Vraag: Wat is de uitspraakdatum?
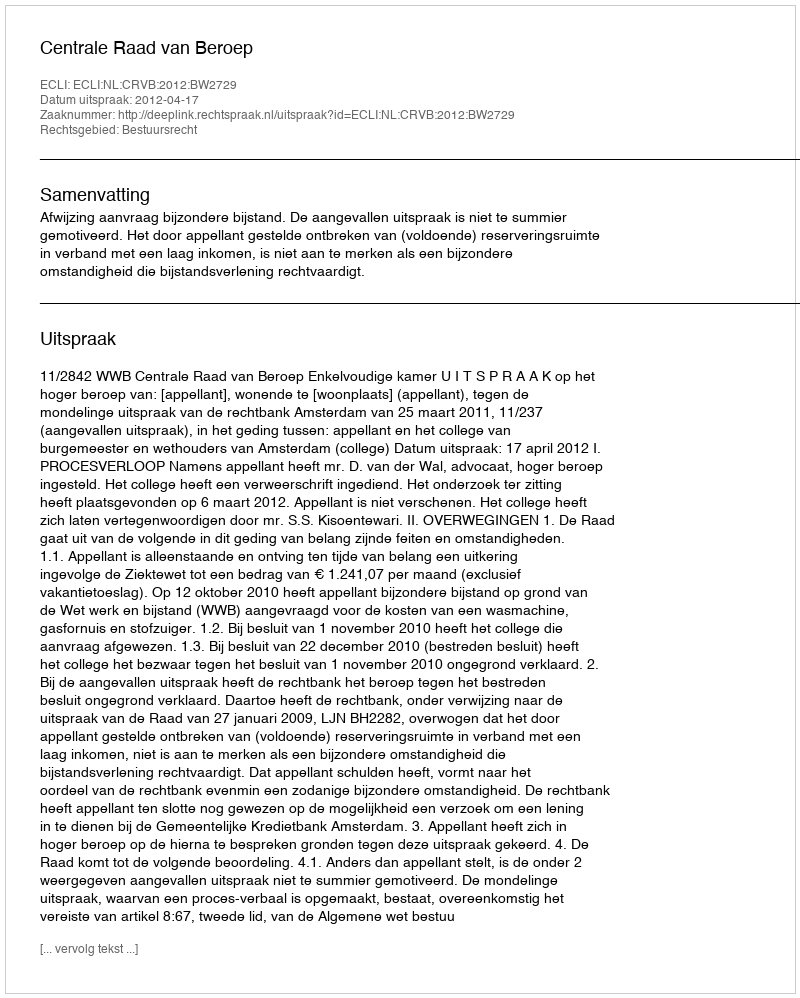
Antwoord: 2012-04-17